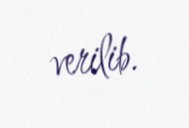
verilib.